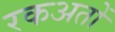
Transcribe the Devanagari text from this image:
रकअतों